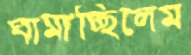
ঘামাচ্ছিলেম